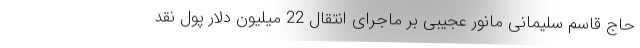
حاج قاسم سلیمانی مانور عجیبی بر ماجرای انتقال 22 میلیون دلار پول نقد